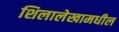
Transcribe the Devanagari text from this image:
शिलालेखामधील